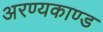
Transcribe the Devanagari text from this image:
अरण्‍यकाण्‍ड